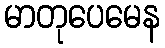
မာတုပေမေန